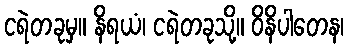
ငရဲတခုမှ။ နိရယံ၊ ငရဲတခုသို့။ ဝိနိပါတေန၊